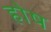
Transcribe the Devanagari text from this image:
होष